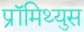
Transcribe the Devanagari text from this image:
प्रॉमिथ्युस